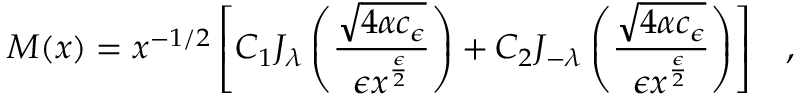
M ( x ) = x ^ { - 1 / 2 } \left[ C _ { 1 } J _ { \lambda } \left( \frac { \sqrt { 4 \alpha c _ { \epsilon } } } { \epsilon x ^ { \frac { \epsilon } { 2 } } } \right) + C _ { 2 } J _ { - { \lambda } } \left( \frac { \sqrt { 4 \alpha c _ { \epsilon } } } { \epsilon x ^ { \frac { \epsilon } { 2 } } } \right) \right] \; \; \; ,